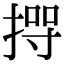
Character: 𢰊